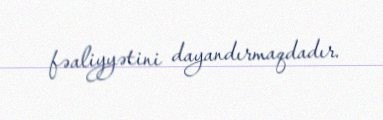
fəaliyyətini dayandırmaqdadır.